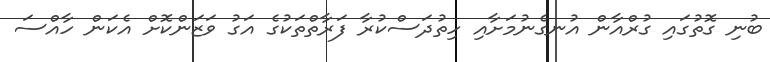
ބުނި ގޮތުގައި ގުރްއާން އުނގެނުމަށާއި ހިތުދަސްކުރާ ފަރާތްތަކުގެ އަގު ވަޒަންކޮށް އެކަން ހާއްސަ